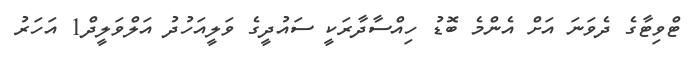
ޓްވިޓާގެ ދެވަނަ އަށް އެންމެ ބޮޑު ހިއްސާދާރަކީ ސައުދީގެ ވަލީއަހުދު އަލްވަލީދް1 އަހަރު